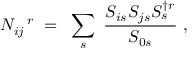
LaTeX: N _ { i j } ^ { ~ ~ r } ~ = ~ \sum _ { s } ~ { \frac { S _ { i s } S _ { j s } S _ { s } ^ { \dagger r } } { S _ { 0 s } } } ~ ,